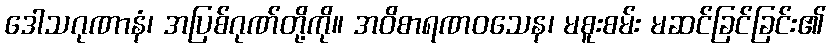
ဒေါသဂုဏာနံ၊ အပြစ်ဂုဏ်တို့ကို။ အဝိစာရဏဝသေန၊ မစူးစမ်း မဆင်ခြင်ခြင်း၏